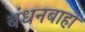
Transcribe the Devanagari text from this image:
बंधनबाहो